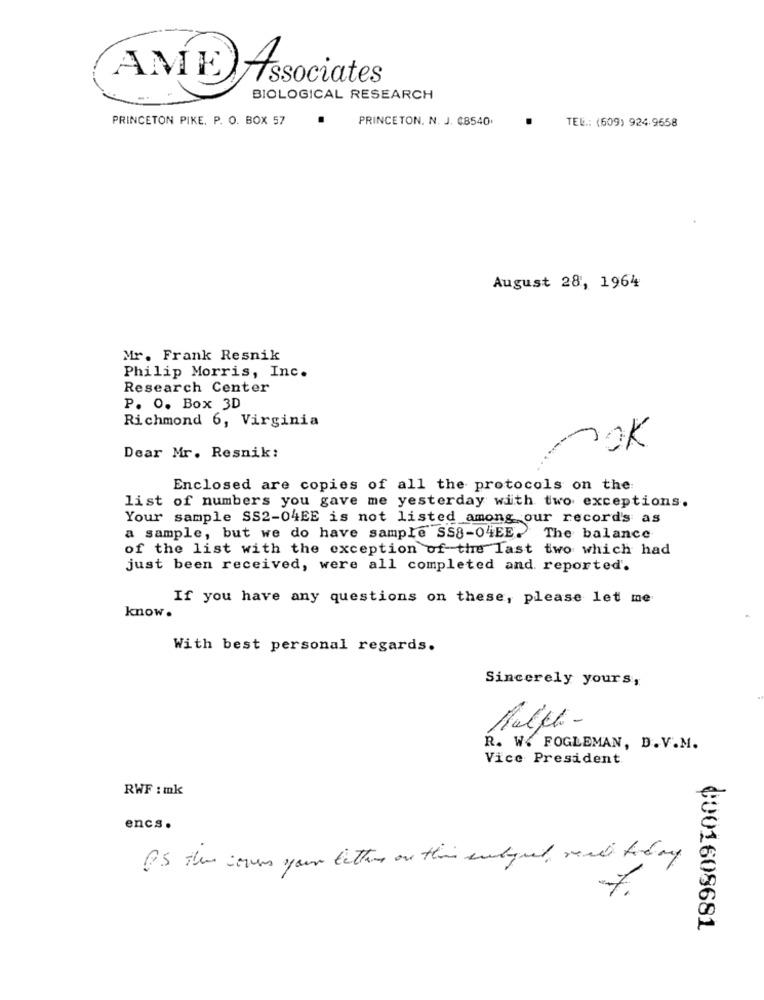
AME),
Associates
BIOLOGICAL RESEARCH
PRINCETON PIKE. P. O. BOX 57
PRINCETON, N. J. €8540.
TEL .: (609) 924.9658
August 28, 1964
Mr. Frank Resnik
Philip Morris, Inc.
Research Center
P. O. Box 3D
Richmond 6, Virginia
mok
Dear Mr. Resnik:
Enclosed are copies of all the protocols on the
list of numbers you gave me yesterday with two exceptions.
Your sample SS2-04EE is not listed among our record's as
a sample, but we do have sample SS8-04EE. The balance
of the list with the exception of the last two which had
just been received, were all completed and reported.
If you have any questions on these, please let me
know.
With best personal regards.
Sincerely yours,
R. W. FOGLEMAN, D. V.M.
Vice President
RWF : mk
encs.
IS the covers your letters on this entryel real today
7
0001608681